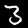
Digit: 3